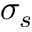
\sigma _ { s }